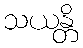
သယန္တိ